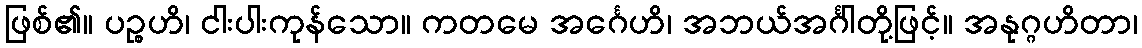
ဖြစ်၏။ ပဉ္စဟိ၊ ငါးပါးကုန်သော။ ကတမေ အင်္ဂေဟိ၊ အဘယ်အင်္ဂါတို့ဖြင့်။ အနုဂ္ဂဟိတာ၊